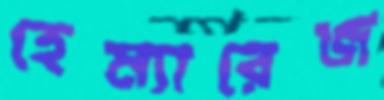
হেম্যারেজ